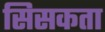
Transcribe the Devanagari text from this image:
सिसकता